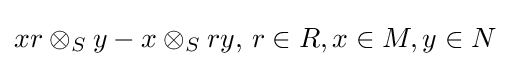
xr\otimes _{S}y-x\otimes _{S}ry,\,r\in R,x\in M,y\in N